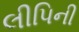
લીપિની